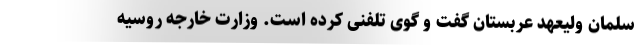
سلمان ولیعهد عربستان گفت و گوی تلفنی کرده است. وزارت خارجه روسیه